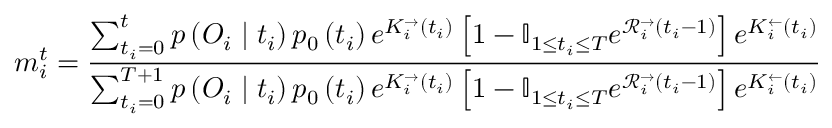
m _ { i } ^ { t } = \frac { \sum _ { t _ { i } = 0 } ^ { t } p \left( \boldsymbol { O } _ { i } \mid t _ { i } \right) p _ { 0 } \left( t _ { i } \right) e ^ { K _ { i } ^ { \rightarrow } \left( t _ { i } \right) } \left[ 1 - \mathbb { I } _ { 1 \leq t _ { i } \leq T } e ^ { \mathcal { R } _ { i } ^ { \rightarrow } \left( t _ { i } - 1 \right) } \right] e ^ { K _ { i } ^ { \leftarrow } \left( t _ { i } \right) } } { \sum _ { t _ { i } = 0 } ^ { T + 1 } p \left( \boldsymbol { O } _ { i } \mid t _ { i } \right) p _ { 0 } \left( t _ { i } \right) e ^ { K _ { i } ^ { \rightarrow } \left( t _ { i } \right) } \left[ 1 - \mathbb { I } _ { 1 \leq t _ { i } \leq T } e ^ { \mathcal { R } _ { i } ^ { \rightarrow } \left( t _ { i } - 1 \right) } \right] e ^ { K _ { i } ^ { \leftarrow } \left( t _ { i } \right) } }